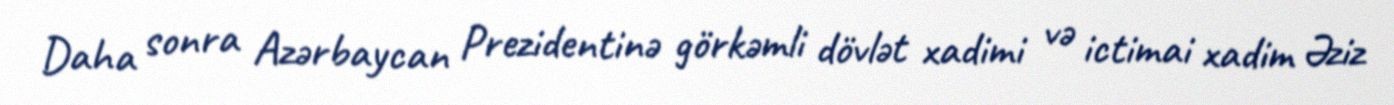
Daha sonra Azərbaycan Prezidentinə görkəmli dövlət xadimi və ictimai xadim Əziz